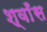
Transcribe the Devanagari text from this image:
श्वाँस